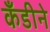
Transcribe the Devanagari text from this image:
कँडीने